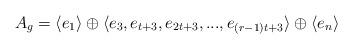
LaTeX: \begin{align*} A_g =\langle e_1 \rangle \oplus \langle e_3,e_{t+3},e_{2t+3},...,e_{(r-1)t+3} \rangle \oplus \langle e_n \rangle \end{align*}